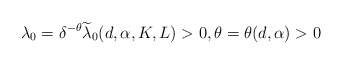
\begin{align*} \lambda_0 = \delta^{-\theta} \widetilde \lambda_0 (d, \alpha, K, L) > 0, \theta = \theta (d, \alpha) > 0\end{align*}